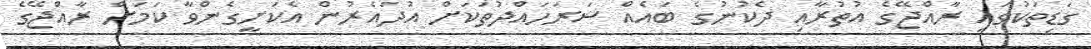
ގަޑިތަކުގައި ރާއްޖޭގެ އުތުރާއި ދެކުނުގެ ބައެއް ސަރަހައްދުތަކަށް އުދައެރުން އެކަށީގެންވާ ކަމަށް ރާއްޖޭގެ